Scottish Leaving Certificate Examination, 1961
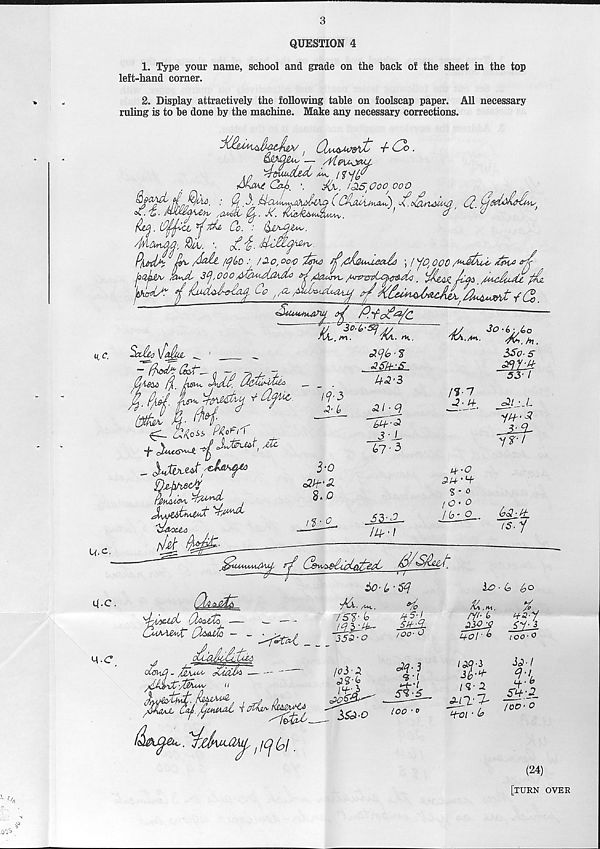
3
QUESTION 4
1. Type your name, school and grade on the hack of the sheet in the top
left-hand corner.
2. Display attractively the following table on foolscap paper. All necessary
ruling is to be done by the machine. Make any necessary corrections.
— Me\Myu~L
ddttAt Gxfs^
1350oo, ooo
Co.
-
U. o.
^
/^o /£&, oco
K/dAOuueado ; / ^0 / OOO
*1c
pClhSA'
3^,000£>~/ / Msz?~3vLx^fl r &d<l ' ddgAZ /ufi /U^cduytt
l&hcreO^ ^ iiuUSidoL^ yo f /L /udtMdcauj ?/
o/ P.'fodWc
Salto \1o1ujL
— (kLnjMo fl^-h
_ .
_
«t.
_ ISBoJL.
U<2’3
30 • 6jybo
At.
3S0’S
53- /
<4-C,
q.C°
-o
-no ro-
OHooo PW' I
QjchuecP
r&MUo^ dM'™,
’d&ou.a
M ^
/f3
o?' £
1‘0
cStj-'cl
g.,0
o2/ - 9
_3-L.
6?-3
/5-7
h-
A‘~- L
y/f ■ ^
y?-/
Pr-0
ZUr'^r
% - o
/O' O
l (o\0
is. y
PpiMMouy'jy syf
li'/'
60’ (t-sq
ykx. /u*,,
~ --
jffll,
_
ife-c?
Vo
Pi5'\
JJfPr
/OO- o
io ■ (s, £o
x
j&ojs
djjj.
L+ol'^
100-0
o^JalolPid
(mmo - /ZaH eCuiJh
i'tj
loo ' 0
IM-S
3i- +
l<l’ 2
jyTL'7'
H~oi ■ 6
JcP-/
^'4
^ • cT
_55;P_
/OO' O
ybi.
(24)
[turn over